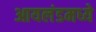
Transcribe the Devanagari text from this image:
आयलंडमध्ये